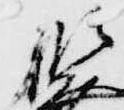
御